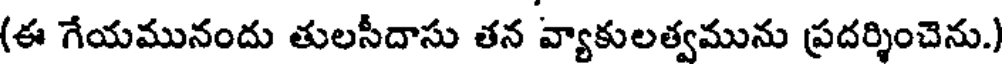
(ఈ గేయమునందు తులసీదాసు తన వ్యాకులత్వమును ప్రదర్శించెను.)